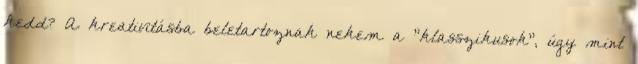
kedd? A kreativitásba beletartoznak nekem a "klasszikusok", úgy mint